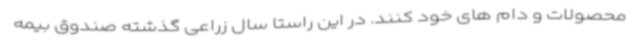
محصولات و دام های خود کنند. در این راستا سال زراعی گذشته صندوق بیمه